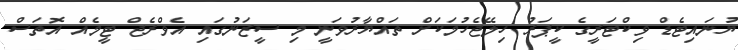
ޔުނައިޓެޑް ވިކްޓަރީގެ ކީޕަރު ހިލޭޖެހުމަކަށް ތައްޔާރުވަނީ މި ސީޒަނުގައި އެވްރެޖް ޓީމެއް އޮތަސް